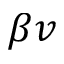
\beta v